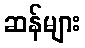
ဆန်များ